Annual administration and progress report of the Indian Medical Department, Bombay
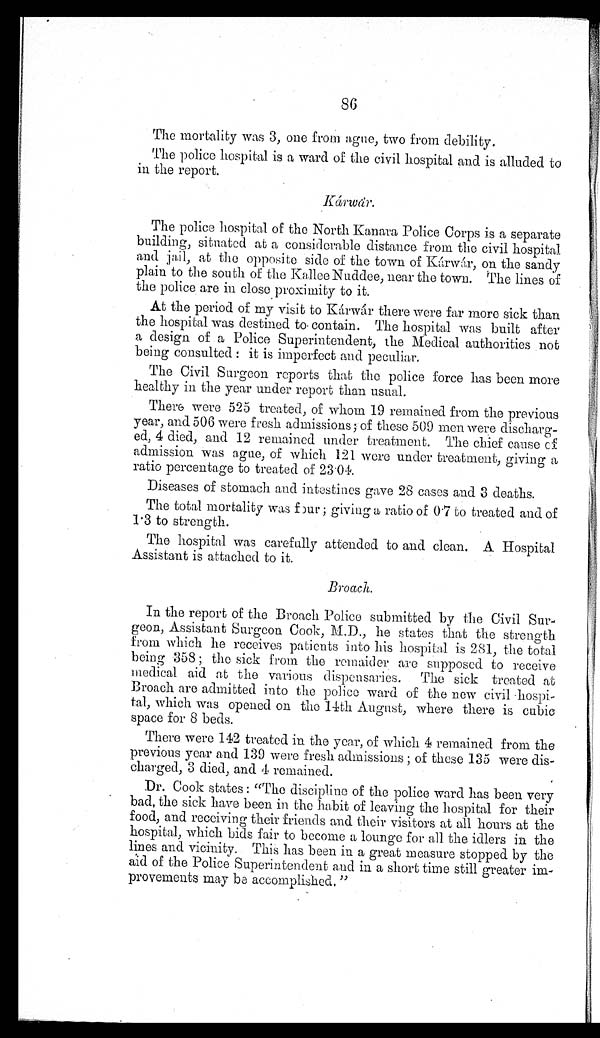
86
The mortality was 3, one from ague, two from debility.
The police hospital is a ward of the civil hospital and is alluded to
in the report.
Kárwár.
K á r w á r .
The police hospital of the North Kanara Police Corps is a separate
building, situated at a considerable distance from the civil hospital
and jail, at the opposite side of the town of Kárwár, on the sandy
plain to the south of the Kallee Nuddee, near the town. The lines of
the police are in close proximity to it.
At the period of my visit to Kárwár there were far more sick than
the hospital was destined to contain. The hospital was built after
a design of a Police Superintendent, the Medical authorities not
being consulted: it is imperfect and peculiar.
The Civil Surgeon reports that the police force has been more
healthy in the year under report than usual.
There were 525 treated, of whom 19 remained from the previous
year, and 506 were fresh admissions; of these 509 men were discharg-
ed, 4 died, and 12 remained under treatment. The chief cause of
admission was ague, of which 121 were under treatment, giving a
ratio percentage to treated of 23.04.
Diseases of stomach and intestines gave 28 cases and 3 deaths.
The total mortality was four; giving a ratio of 0.7 to treated and of
1.3 to strength.
The hospital was carefully attended to and clean. A Hospital
Assistant is attached to it.
Broach.
In the report of the Broach Police submitted by the Civil Sur-
geon, Assistant Surgeon Cook, M.D., he states that the strength
from which he receives patients into his hospital is 281, the total
being 358; the sick from the remaider are supposed to receive
medical aid at the various dispensaries. The sick treated at
Broach are admitted into the police ward of the new civil hospi-
tal, which was opened on the 14th August, where there is cubic
space for 8 beds.
There were 142 treated in the year, of which 4 remained from the
previous year and 139 were fresh admissions; of these 135 were dis-
charged, 3 died, and 4 remained.
Dr. Cook states: "The discipline of the police ward has been very
bad, the sick have been in the habit of leaving the hospital for their
food, and receiving their friends and their visitors at all hours at the
hospital, which bids fair to become a lounge for all the idlers in the
lines and vicinity. This has been in a great measure stopped by the
aid of the Police Superintendent and in a short time still greater im-
provements may be accomplished."